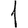
Digit: 1